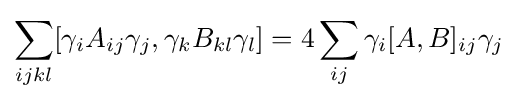
\sum _{ijkl}[\gamma _{i}A_{ij}\gamma _{j},\gamma _{k}B_{kl}\gamma _{l}]=4\sum _{ij}\gamma _{i}[A,B]_{ij}\gamma _{j}